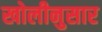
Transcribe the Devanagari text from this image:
खोलीनुसार